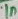
Text: 1n